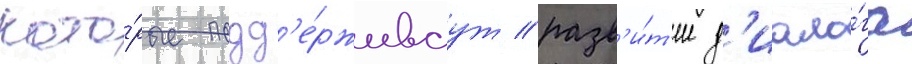
кото́рые подд'е́рживаут разв'и́т'ие д'иало́га